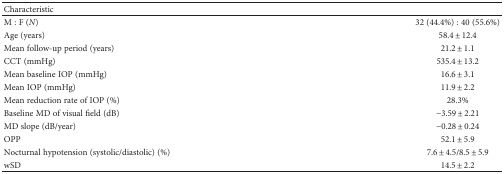
| Characteristic |  |
 | --- | --- |
 | M : F (N) | 32 (44.4%) : 40 (55.6%) |
 | Age (years) | 58.4 ± 12.4 |
 | Mean follow-up period (years) | 21.2 ± 1.1 |
 | CCT (mmHg) | 535.4 ± 13.2 |
 | Mean baseline IOP (mmHg) | 16.6 ± 3.1 |
 | Mean IOP (mmHg) | 11.9 ± 2.2 |
 | Mean reduction rate of IOP (%) | 28.3% |
 | Baseline MD of visual field (dB) | −3.59 ± 2.21 |
 | MD slope (dB/year) | −0.28 ± 0.24 |
 | OPP | 52.1 ± 5.9 |
 | Nocturnal hypotension (systolic/diastolic) (%) | 7.6 ± 4.5/8.5 ± 5.9 |
 | wSD | 14.5 ± 2.2 |